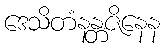
ဒေသိတံနန္တဇိနေန